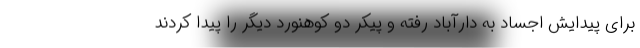
برای پیدایش اجساد به دارآباد رفته و پیکر دو کوهنورد دیگر را پیدا کردند